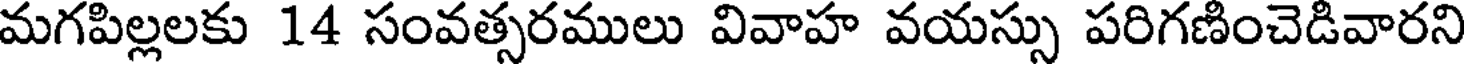
మగపిల్లలకు 14 సంవత్సరములు వివాహ వయస్సు పరిగణించెడివారని